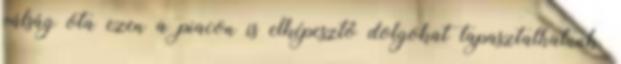
válság óta ezen a piacon is elképesztő dolgokat tapasztalhatunk.